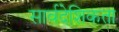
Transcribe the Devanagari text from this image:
सार्वदेशिकता